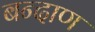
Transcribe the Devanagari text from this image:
बन्दाण